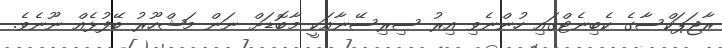
ރާޖަޕަކްސާގެ ކެބިނެޓްގައި ހުންނެވި އިރު ސިރިސޭނާއަކީ މާބޮޑަށް ނަން މަޝްހޫރު ބޭފުޅެއް ނޫނެވެ.